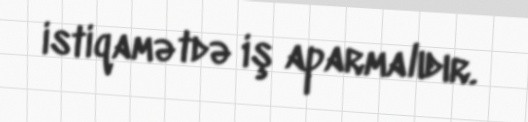
istiqamətdə iş aparmalıdır.